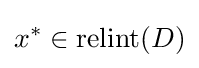
x^{*}\in \operatorname {relint} (D)